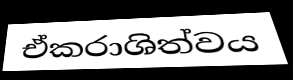
ඒකරාශිත්වය